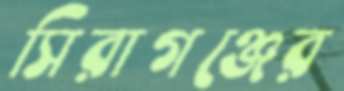
সিরাগঞ্জের